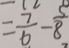
= \frac { 7 } { 6 } - \frac { 5 } { 8 }